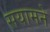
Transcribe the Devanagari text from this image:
सयामने